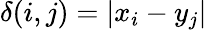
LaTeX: \delta(i,j)=|x_{i}-y_{j}|